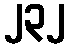
၂၃၂